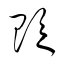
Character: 貶